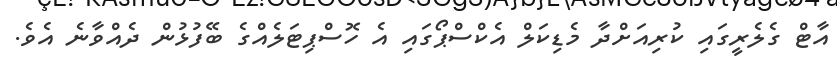
އާޓް ގެލެރީގައި ކުރިއަށްދާ މެޑިކަލް އެކްސްޕޯގައި އެ ހޮސްޕިޓަލެއްގެ ބޭފުޅުން ދެއްވާނެ އެވެ.